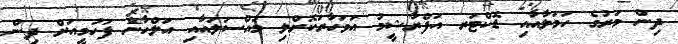
ދިން މަރުގެ ހަމަލާއާއި ޑޮކްޓަރ އަފްރާޝީމު އަވަހާރަކޮށްލި މައްސަލައާއި އަލްހާން ފަހުމީއަށް ދިން